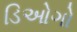
ડિઓગો